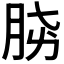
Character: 𣍫